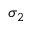
\sigma _ { 2 }